38_143685_box_Incident_Summaries_173-233
Agency: Department of War
Page 33
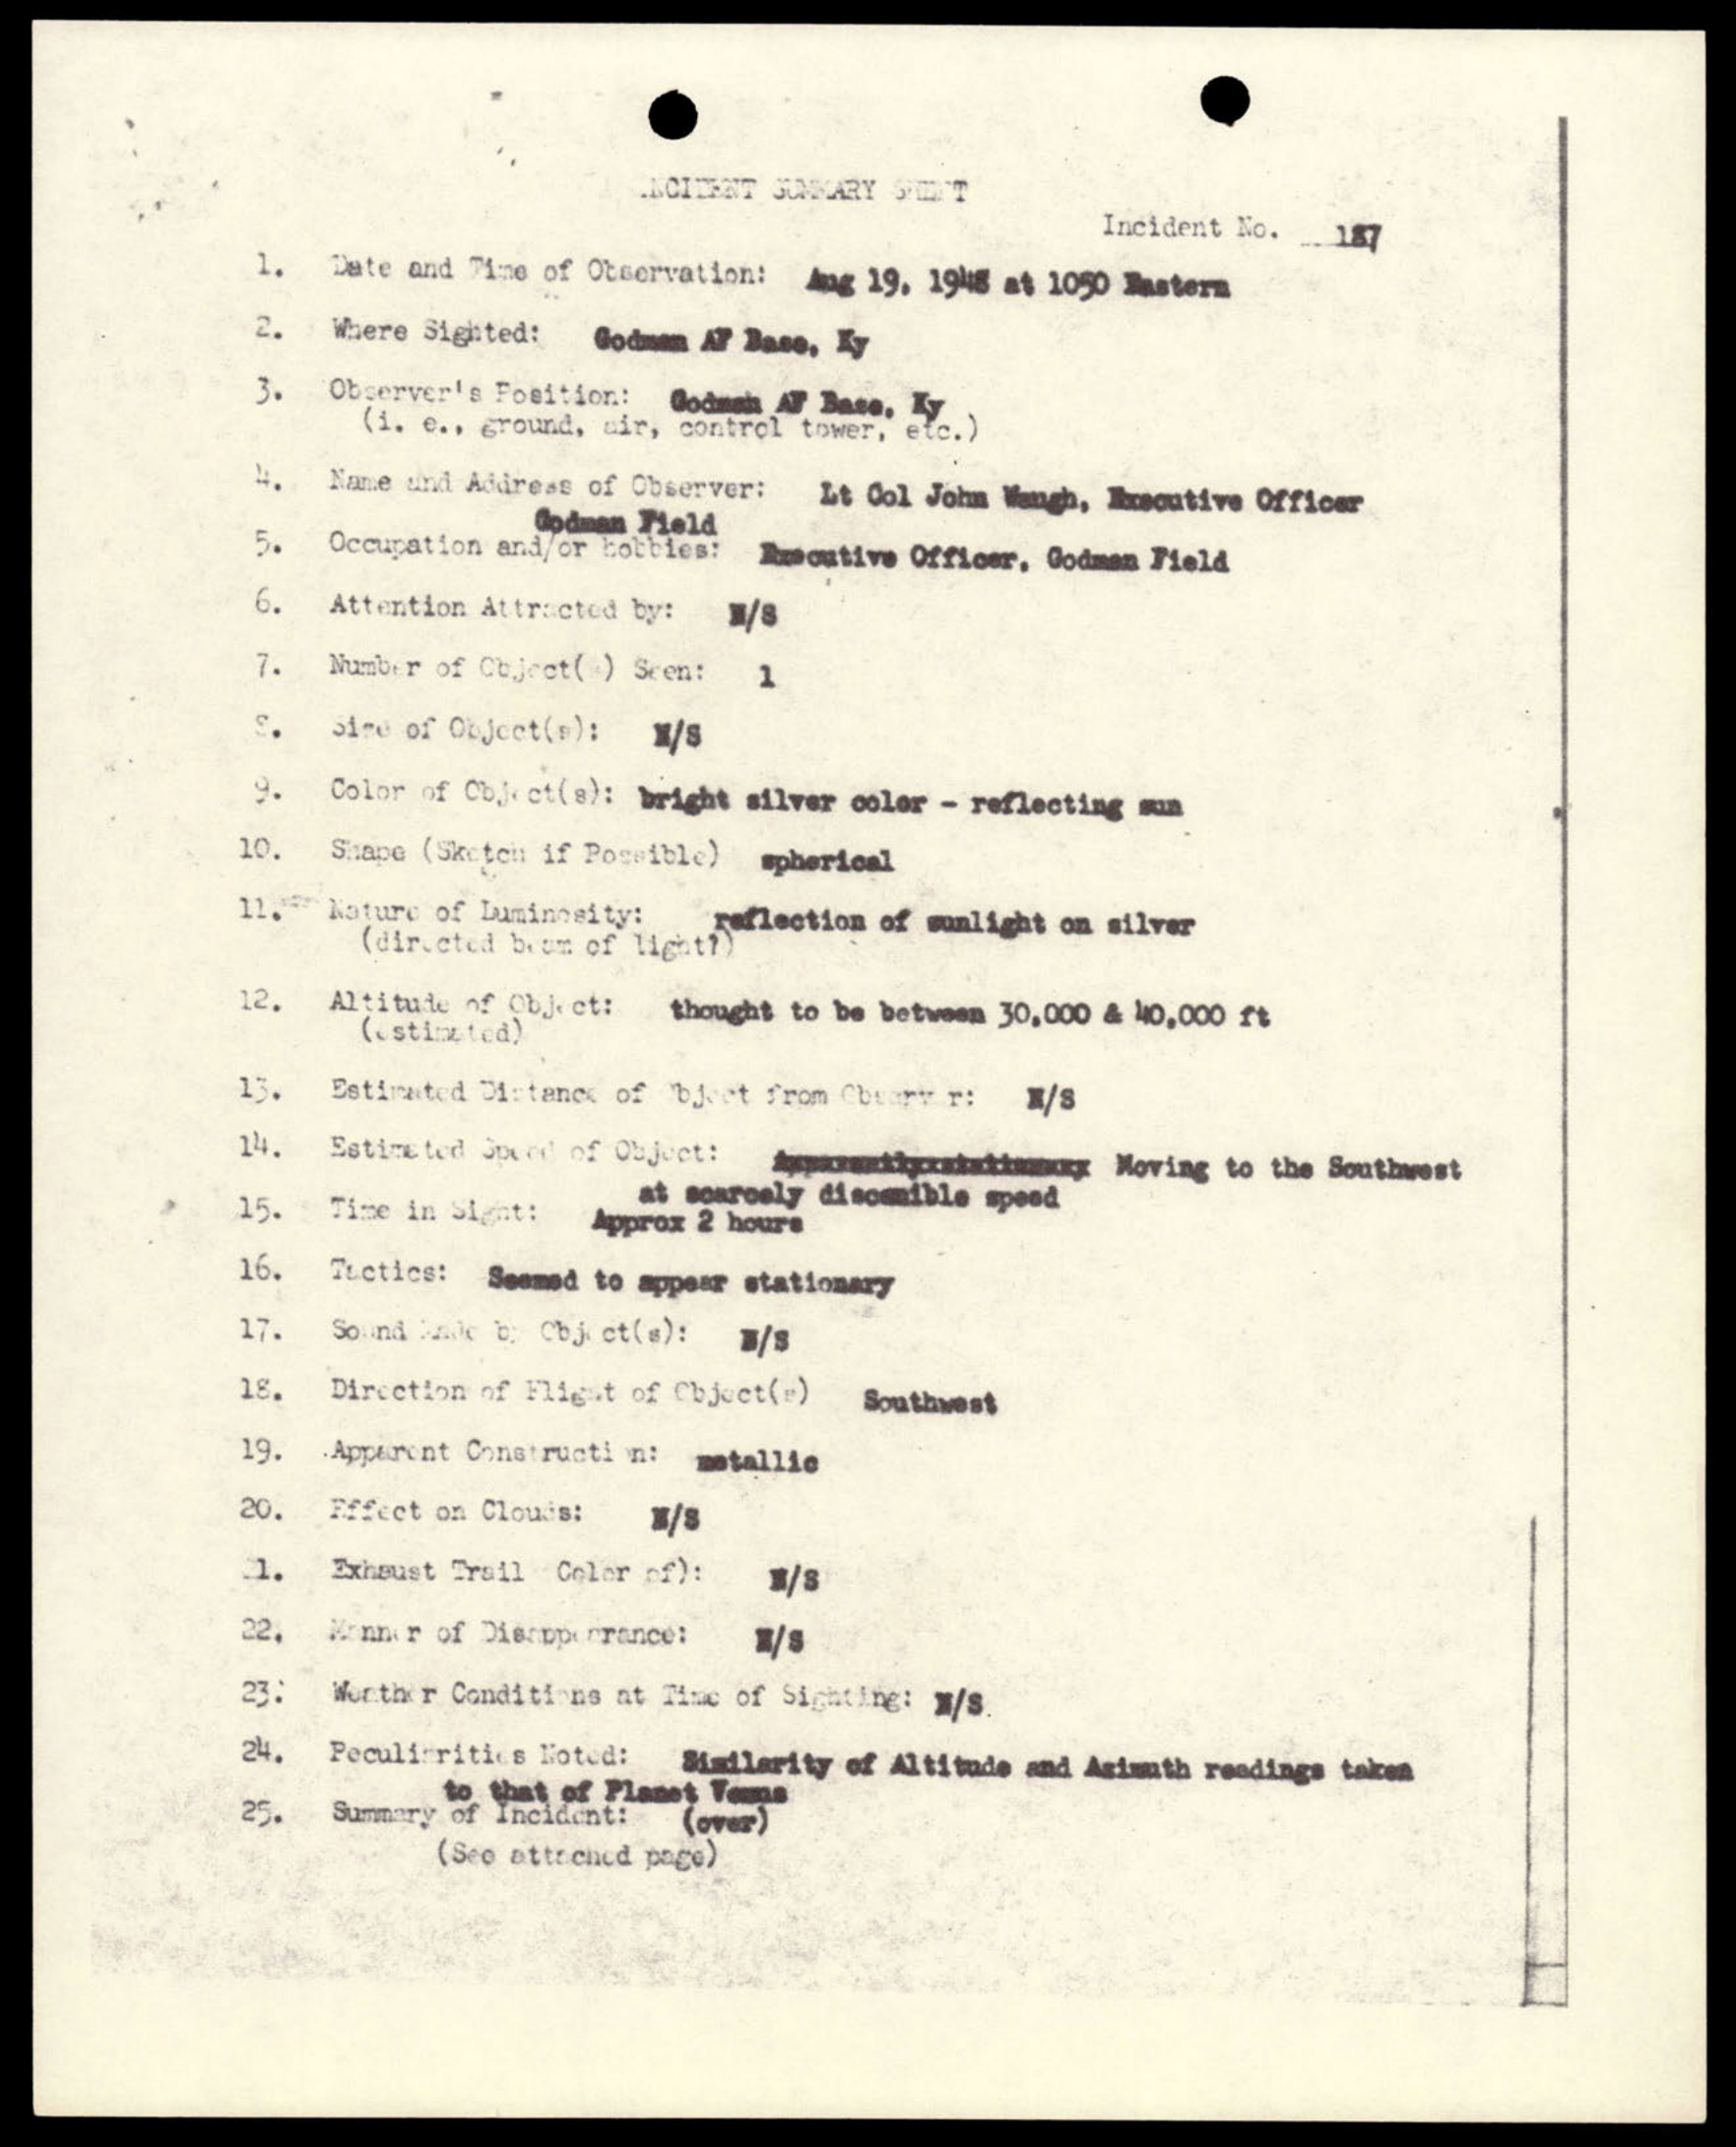